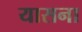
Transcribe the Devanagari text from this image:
यासना